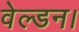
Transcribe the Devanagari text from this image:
वेल्डन।